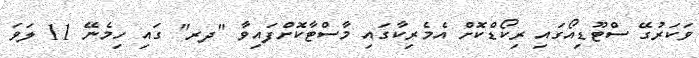
ވަކަރުގޭ ސްޓޫޑިއޯގައި ރިކޯޑްކޮށް އެމެރިކާގައި މާސްޓާކޮށްފައިވާ "ދރ" ގައި ހިމެނޭ 11 ލަވަ